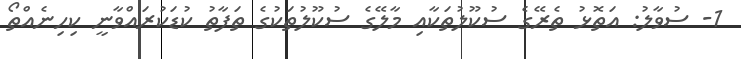
1- ސުވާލު: އަތޮޅު ތެރޭގެ ސުކޫލުތަކާއި މާލޭގެ ސުކޫލުތަކުގެ ތަފާތު ކުޑަކުރައްވާނީ ކިހިނެއްތޯ